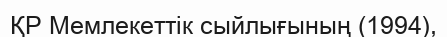
ҚР Мемлекеттік сыйлығының (1994),